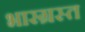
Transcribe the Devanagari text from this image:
भारग्रस्त